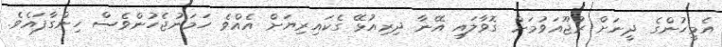
އެމީހުންގެ ދީނަށް ރުޖޫއަވުމަށް ގޮވާލައި އޭނާ ދިރިއުޅޭ ގެކައިރިޔަށް އެއްވެ ހަމަނުޖެހުންވެސް ހިންގާފައެވެ.